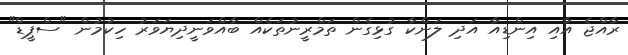
ރާއްޖެ އާއި އިންޑިއާ އަދި ލަންކާ ގުޅިގެން ތަމްރީނުތަކެއް ބާއްވަނީދިޔަވަރު ހިކުމުން "ސްޕީޑް"